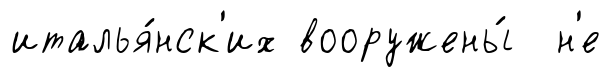
италья́нск'их вооружены́ н'е